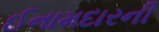
ઈનામદારની